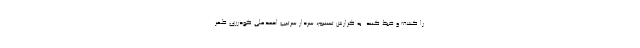
را کشف و ضبط کنند. به گزارش تسنیم، سردار سرتیپ احمدعلی گودرزی ظهر